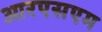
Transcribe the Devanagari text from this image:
आरएसएम